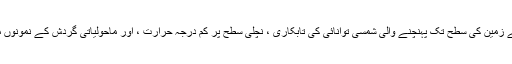
ان بڑے پھٹنے سے زمین کی سطح تک پہنچنے والی شمسی توانائی کی تابکاری ، نچلی سطح پر کم درجہ حرارت ، اور ماحولیاتی گردش کے نمونوں میں تبدیلی آتی ہے۔